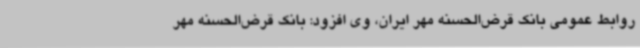
روابط عمومی بانک قرض‌الحسنه مهر ایران، وی افزود: بانک قرض‌الحسنه ‌مهر